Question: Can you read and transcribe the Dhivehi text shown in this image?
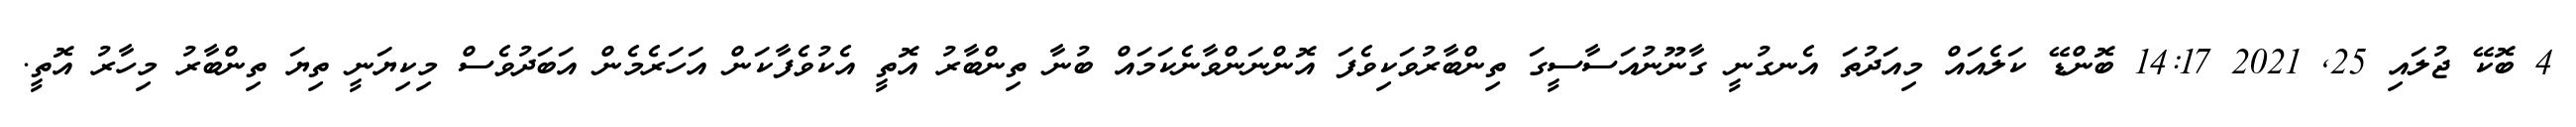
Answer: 4 ބޮކޭ ޖުލައި 25, 2021 14:17 ބޮންޑޭ ކަލެއައް މިއަދުތަ އެނގުނީ ގާނޫނުއަސާސީގަ ތިންބާރުވަކިވެފަ އޮންނަންވާނެކަމައް ބުނާ ތިންބާރު އޮތީ އެކުވެފާކަން އަހަރެމެން އަބަދުވެސް މިކިޔަނީ ތިޔަ ތިންބާރު މިހާރު އޮތީ.